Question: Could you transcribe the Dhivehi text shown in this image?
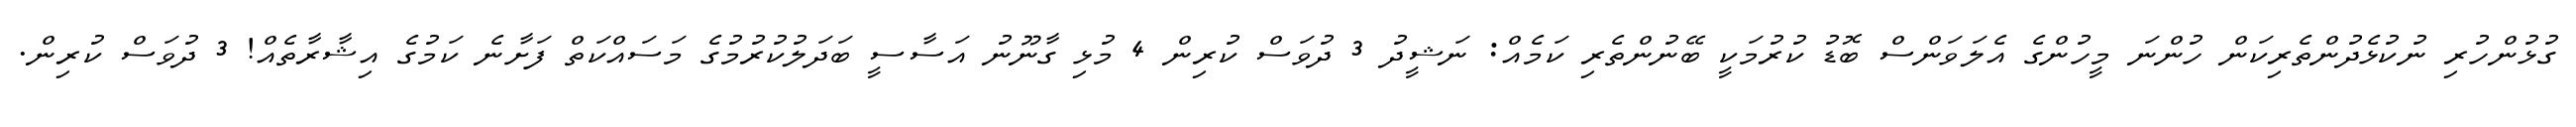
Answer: ގުޅުންހުރި ނުކުޅެދުންތެރިކަން ހުންނަ މީހުންގެ އެލަވަންސް ބޮޑު ކުރުމަކީ ބޭނުންތެރި ކަމެއް: ނަޝީދު 3 ދުވަސް ކުރިން 4 މުޅި ގާނޫނު އަސާސީ ބަދަލުކުރުމުގެ މަސައްކަތް ފަށާނެ ކަމުގެ އިޝާރާތެއް! 3 ދުވަސް ކުރިން.